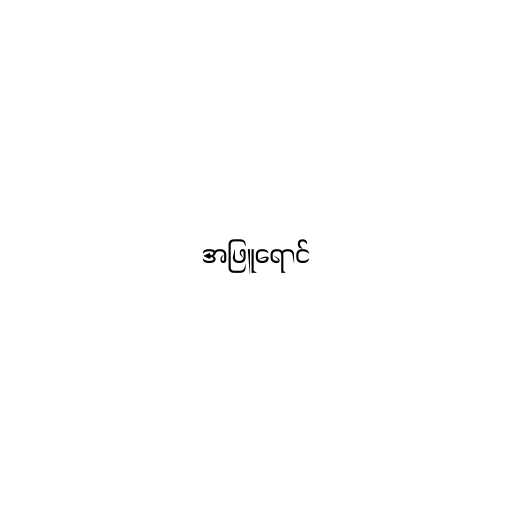
အဖြူရောင်